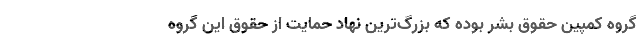
گروه کمپین حقوق بشر بوده که بزرگ‌ترین نهاد حمایت از حقوق این گروه